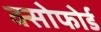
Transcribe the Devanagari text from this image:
क्सोफोर्ड